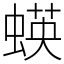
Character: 蝧